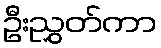
ဦးညွှတ်ကာ